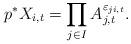
LaTeX: \begin{align*}p^* X_{i,t} = \prod_{j\in I} A_{j,t} ^{\varepsilon_{ji,t}}.\end{align*}